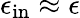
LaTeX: \epsilon_{\mathrm{in}}\approx\epsilon